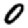
Digit: 0